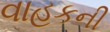
વાહકની